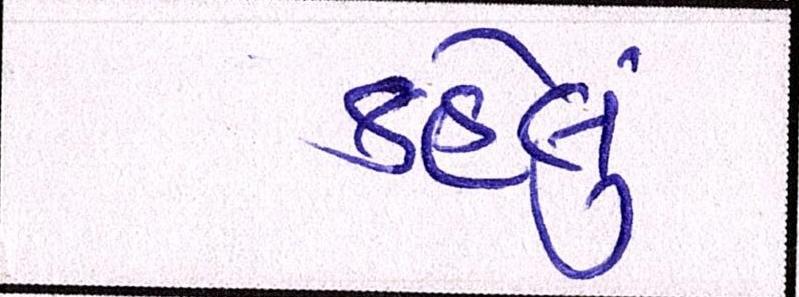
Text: કહેલું